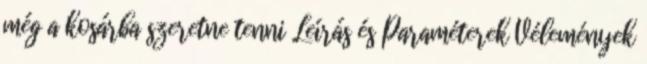
még a kosárba szeretne tenni Leírás és Paraméterek Vélemények